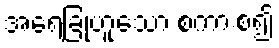
အရေခြုံဟူသော စကားစ၍